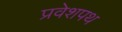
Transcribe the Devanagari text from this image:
प्रवेशपथ